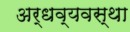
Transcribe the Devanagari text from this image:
अर्धव्यवस्था